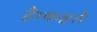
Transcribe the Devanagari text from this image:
है।कहते